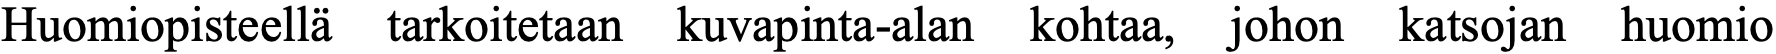
Huomiopisteellä tarkoitetaan kuvapinta-alan kohtaa, johon katsojan huomio